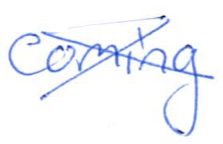
Text: coming
Cross-out: cross
Writing tool: ballpoint